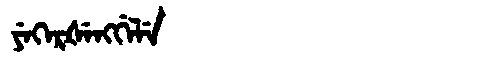
Manchu: ᠶᡝᡴᡝᡵᡧᡝᠩᡤᡝᠯᡝ
Romanization: YEKERŠENGGELE